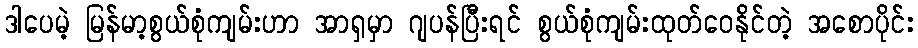
ဒါပေမဲ့ မြန်မာ့စွယ်စုံကျမ်းဟာ အာရှမှာ ဂျပန်ပြီးရင် စွယ်စုံကျမ်းထုတ်ဝေနိုင်တဲ့ အစောပိုင်း